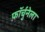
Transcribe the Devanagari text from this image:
फ़ॉर्चुनेला